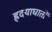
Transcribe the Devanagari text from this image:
ह्रदयाघातों